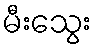
မီးသွေး